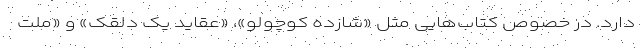
دارد. در خصوص کتاب‌هایی مثل «شازده کوچولو»، «عقاید یک دلقک» و «ملت